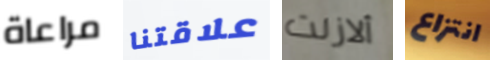
مراعاة علاقتنا ألازلت انتزاع